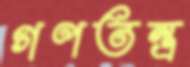
গণতন্ত্র